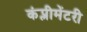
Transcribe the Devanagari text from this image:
कंप्लीमेंटरी